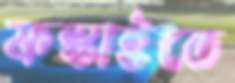
ফস্‌কাইতে